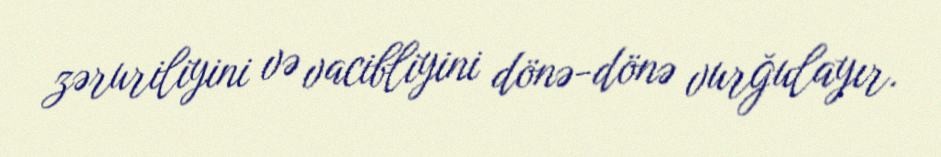
zəruriliyini və vacibliyini dönə-dönə vurğulayır.